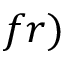
f r )